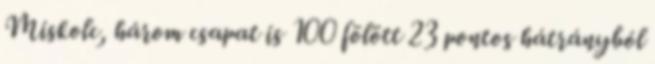
Miskolc, három csapat is 100 fölött 23 pontos hátrányból